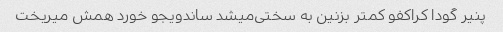
پنیر گودا کراکفو کمتر بزنین به سختی‌میشد ساندویجو خورد همش میریخت